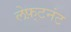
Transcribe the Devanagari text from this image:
लेफ़्टनंट